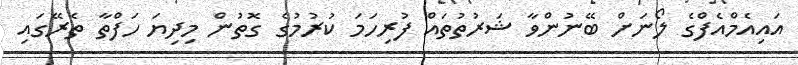
އައިއެމްއެފްގެ ލޯނަށް ބޭނުންވާ ޝަރުތުތައް ފުރިހަމަ ކުރުމުގެ ގޮތުން މިދިޔަ ހަފްތާ ތެރޭގައި